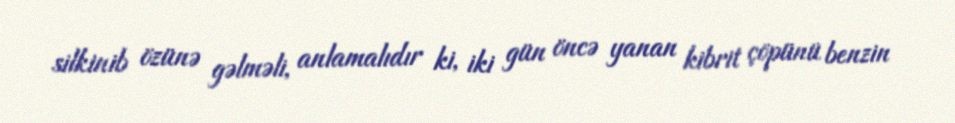
silkinib özünə gəlməli, anlamalıdır ki, iki gün öncə yanan kibrit çöpünü benzin